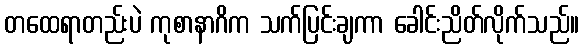
တထေရာတည်းပဲ ကုစာနာဂိက သက်ပြင်းချကာ ခေါင်းညိတ်လိုက်သည်။